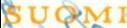
SUOMI